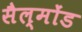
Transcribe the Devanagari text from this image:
सैल्मोंड